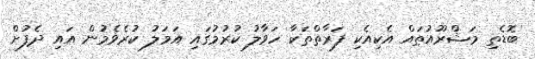
ބޮޑެތި މަޝްރޫއުތައް އެކިއެކި ފަރާތްތަކާ ހަވާލު ކުރުމުގައި އަމަލު ކުރެވެމުން އައި ދެފުށް